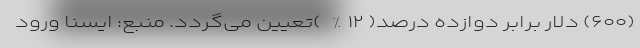
(۶۰۰) دلار برابر دوازده درصد( ۱۲% )تعیین می‌گردد. منبع: ایسنا ورود